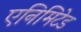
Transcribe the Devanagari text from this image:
एनिमिटेड